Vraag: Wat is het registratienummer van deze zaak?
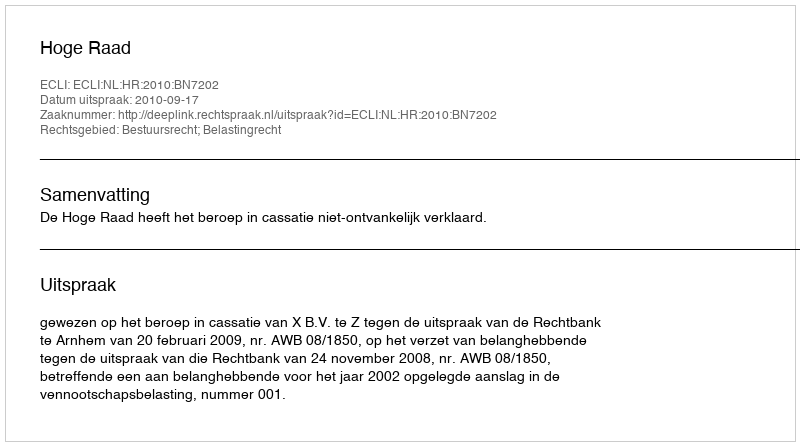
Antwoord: http://deeplink.rechtspraak.nl/uitspraak?id=ECLI:NL:HR:2010:BN7202